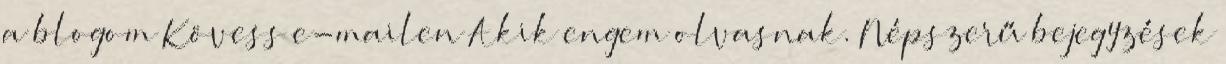
a blogom Kövess e-mailen Akik engem olvasnak. Népszerű bejegyzések